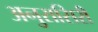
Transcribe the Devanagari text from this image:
अनुरासिरी